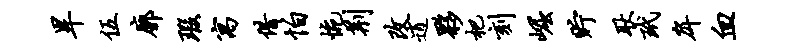
旱伍廓瑕寓借怕惋荆改逍夥杷刻崛贮耿玳戽血